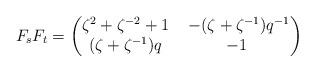
LaTeX: \begin{align*}F_sF_t=\begin{pmatrix}\zeta^2+\zeta^{-2}+1&\ -(\zeta+\zeta^{-1})q^{-1}\\(\zeta+\zeta^{-1})q&-1\end{pmatrix}\end{align*}